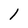
Character: l